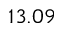
1 3 . 0 9